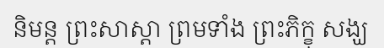
និមន្ត ព្រះសាស្តា ព្រមទាំង ព្រះភិក្ខុ សង្ឃ